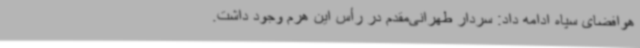
هوافضای سپاه ادامه داد: سردار طهرانی‌مقدم در رأس این هرم وجود داشت.